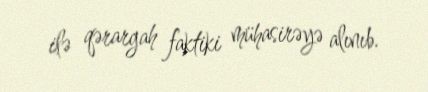
ilə qərargah faktiki mühasirəyə alınıb.